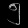
Digit: ၅